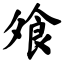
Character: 飧